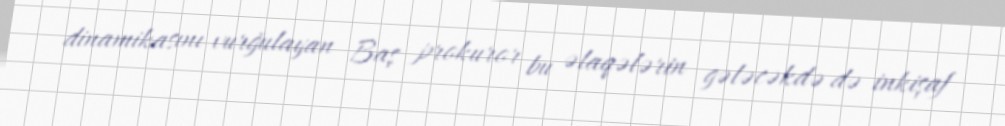
dinamikasını vurğulayan Baş prokuror bu əlaqələrin gələcəkdə də inkişaf